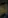
%